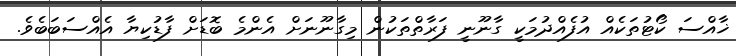
ޚާއްސަ ކޯޓުތަކެއް އުފެއްދުމަކީ ގާނޫނީ ފަރާތްތަކުން މިގާނޫނަށް އެންމެ ބޮޑަށް ފާޑުކިޔާ އެއްސަބަބެވެ.